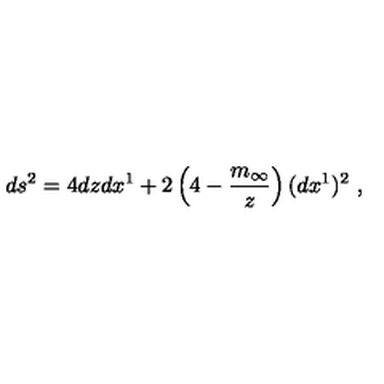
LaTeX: d s ^ { 2 } = 4 d z d x ^ { 1 } + 2 \left( 4 - \frac { m _ { \infty } } { z } \right) ( d x ^ { 1 } ) ^ { 2 } \ ,